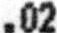
.02